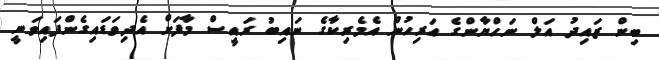
ބިން ޒައިދު އަލް ނަހްޔާންގެ އަރިހުން އެމެރިކާގެ ނައިބު ރައީސް މާފަށް އެދިވަޑައިގެންފައިވަނީ